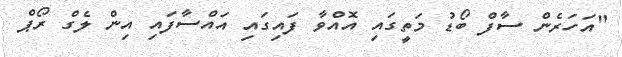
"އަހަރެން ސާފް ބޯޑު މަތީގައި އޮއްވާ ފައިގައި އައްސާފައި އިން ލެގް ރޯޕް